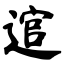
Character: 逭